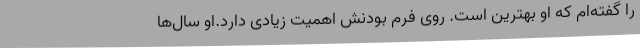
را گفته‌ام که او بهترین است. روی فرم بودنش اهمیت زیادی دارد.او سال‌ها